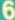
6